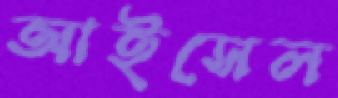
আইসেল